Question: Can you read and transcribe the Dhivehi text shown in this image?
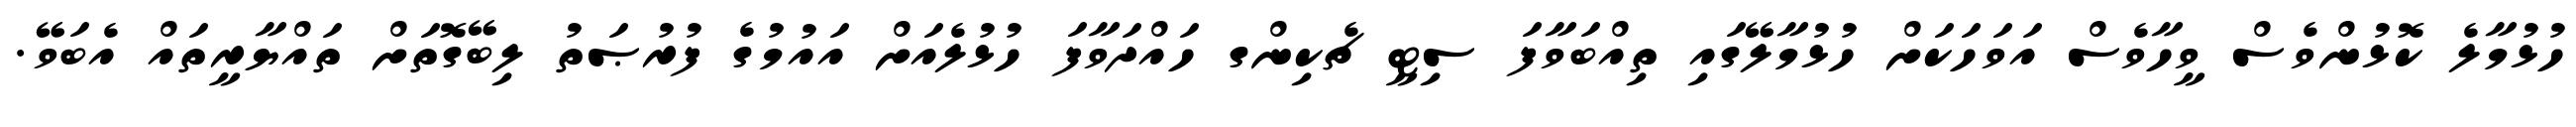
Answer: ހުޅުމާލެ ކޮޅުންވެސް ވީހާވެސް އަވަހަކަށް ހުޅުމާލޭގައި ތިއްބަވާފަ ސިޓީ ޗެކިންގ ހައްދަވާފަ ހުޅުލެއަށް އައުމުގެ ފުރުޞަތު ލިބޭގޮތަށް ތައްޔާރީތައް އެބަވޭ.